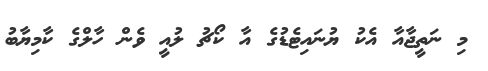
މި ނަތީޖާއާ އެކު ޔުނައިޓެޑުގެ އާ ކޯޗު ލުއީ ވެން ހާލްގެ ކާމިޔާބު